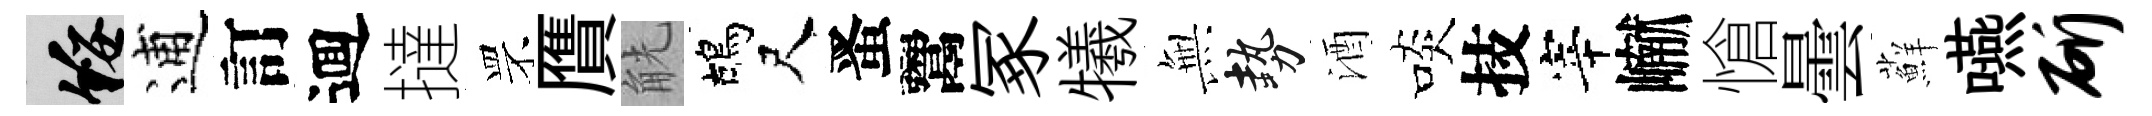
綏逋訂逥撻罘贋觥鴣尺󱉠鬻冢犧𭴾勢酒啖技宰𪩘愴曇蘚嚥斫